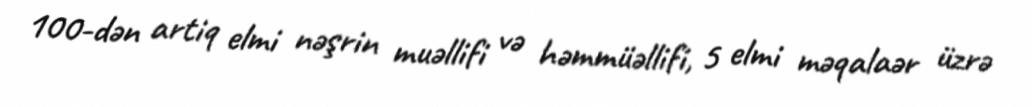
100-dən artiq elmi nəşrin muəllifi və həmmüəllifi, 5 elmi məqalaər üzrə